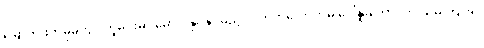
မြောက်ဖက်မုခ်တွင် ကူမင်းမှာ မောင်းနှင်နိုင်မည့် လတ်တလောကမှ ဒေါ်နူးတောင်က သိမ်းကျုံး၍